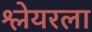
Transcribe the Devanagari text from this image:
श्लेयरला